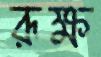
রূক্ষ